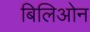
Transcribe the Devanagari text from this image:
बिलिओन